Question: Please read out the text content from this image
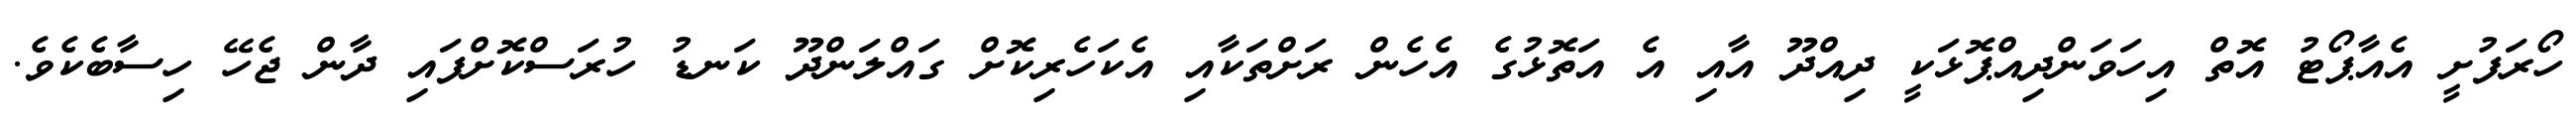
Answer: ހޯރަފުށީ އެއާޕޯޓު އޮތް އިހަވަންދިއްޕޮޅަކީ ދިއްދޫ އާއި އެ އަތޮޅުގެ އެހެން ރަށްތަކާއި އެކަހެރިކޮށް ގައްލަންދޫ ކަނޑު ހުރަސްކޮށްފައި ދާން ޖެހޭ ހިސާބެކެވެ.